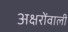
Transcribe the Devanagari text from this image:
अक्षरोंवाली